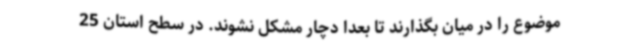
موضوع را در میان بگذارند تا بعدا دچار مشکل نشوند. در سطح استان 25